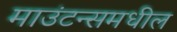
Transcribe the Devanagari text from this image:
माउंटन्समधील